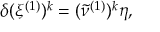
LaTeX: \delta ( \xi ^ { ( 1 ) } ) ^ { k } = ( \tilde { \nu } ^ { ( 1 ) } ) ^ { k } \eta ,